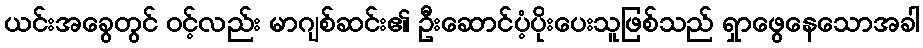
ယင်းအခွေတွင် ၀င့်လည်း မာဂျစ်ဆင်း၏ ဦးဆောင်ပံ့ပိုးပေးသူဖြစ်သည် ရှာဖွေနေသောအခါ